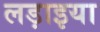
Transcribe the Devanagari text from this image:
लड़ाइया